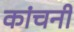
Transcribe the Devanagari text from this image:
कांचनी